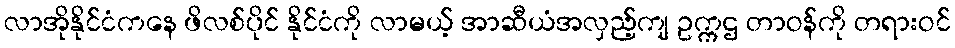
လာအိုနိုင်ငံကနေ ဖိလစ်ပိုင် နိုင်ငံကို လာမယ့် အာဆီယံအလှည့်ကျ ဥက္ကဌ တာဝန်ကို တရားဝင်